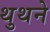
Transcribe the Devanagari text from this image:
थुथने